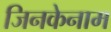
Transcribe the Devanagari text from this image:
जिनकेनाम